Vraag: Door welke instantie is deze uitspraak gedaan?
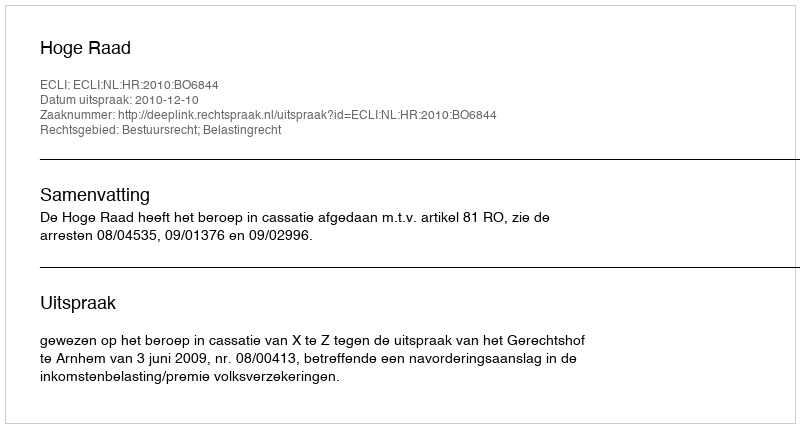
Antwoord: Hoge Raad